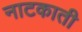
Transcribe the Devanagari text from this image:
नाटकाती